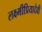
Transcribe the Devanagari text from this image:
लक्ष्मीप्रियादेवी